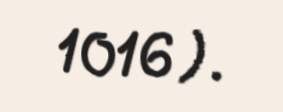
1016 ).